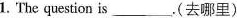
1.The question is___.(去哪里)